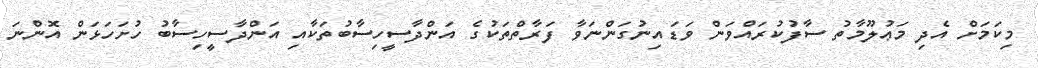
މިކަމަށް އެދި މަޢުލޫމާތު ސާފުކުރައްވަން ވަޑައިނުގަންނަވާ ފަރާތްތަކުގެ އަންދާސީހިސާބުތަކާއި އަންދާސީހިސާބު ހުށަހަޅަން އޮންނަ